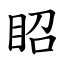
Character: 眧